Annual administration report of the Civil Veterinary Department of India - 1897-1898
Year: 1897
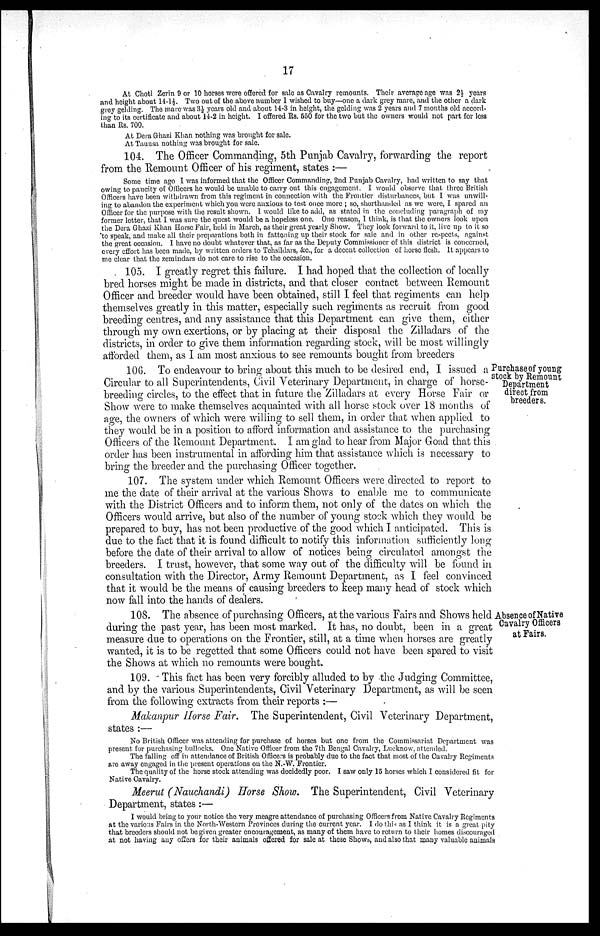
17
At Choti Zerin 9 or 10 horses were offered for sale as Cavalry remounts. Their average age was 2½ years
and height about 14-1½. Two out of the above number 1 wished to buy—one a dark grey mare, and the other a dark
grey gelding. The mare-was 3½ years old and about 14-3 in height, the gelding was 2 years and 7 months old accord-
ing to its certificate and about 14-2 in height. I offered Rs. 550 for the two but the owners would not part for less
than Rs. 700.
At Dera Ghazi Khan nothing was brought for sale.
At Taunsa nothing was brought for sale.
104. The Officer Commanding, 5th Punjab Cavalry, forwarding the report
from the Remount Officer of his regiment, states :—
Some time ago I was informed that the Officer Commanding, 2nd Punjab Cavalry, had written to say that
owing to paucity of Officers he would be unable to carry out this engagement. I would observe that three British
Officers have been withdrawn from this regiment in connection with the Frontier disturbances, but I was unwill-
ing to abandon the experiment which you were anxious to test once more ; so, shorthanded as we were, I spared an
Officer for the purpose with the result shown. I would like to add, as stated in the concluding paragraph of my
former letter, that I was sure the quest would be a hopeless one. One reason, I think, is that the owners look upon
the Dera Ghazi Khan Horse Fair, held in March, as their great yearly Show. They look forward to it, live up to it so
to speak, and make all their preparations both in fattening up their stock for sale and in other respects, against
the great occasion. I have no doubt whatever that, as far as the Deputy Commissioner of this district is concerned,
every effort has been made, by written orders to Tehsildars. &c., for a decent collection of horse flesh. It appears to
me clear that the zemindars do not care to rise to the occasion.
105. I greatly regret this failure. I had hoped that the collection of locally
bred horses might be made in districts, and that closer contact between Remount
Officer and breeder would have been obtained, still I feel that regiments can help
themselves greatly in this matter, especially such regiments as recruit from good
breeding centres, and any assistance that this Department can give them, either
through my own exertions, or by placing at their disposal the Zilladars of the
districts, in order to give them information regarding stock, will be most willingly
afforded them, as I am most anxious to see remounts bought from breeders
Purchase of young
stock by Remount
Department
direct from
breeders.
106. To endeavour to bring about this much to be desired end, I issued a
Circular to all Superintendents, Civil Veterinary Department, in charge of horse-
breeding circles, to the effect that in future the Zilladars at every Horse Fair or
Show were to make themselves acquainted with all horse stock over 18 months of
age, the owners of which were willing to sell them, in order that when applied to
they would be in a position to afford information and assistance to the purchasing
Officers of the Remount Department. I am glad to hear from Major Goad that this
order has been instrumental in affording him that assistance which is necessary to
bring the breeder and the purchasing Officer together.
107. The system under which Remount Officers were directed to report to
me the date of their arrival at the various Shows to enable me to communicate
with the District Officers and to inform them, not only of the dates on which the
Officers would arrive, but also of the number of young stock which they would be
prepared to buy, has not been productive of the good which I anticipated. This is
due to the fact that it is found difficult to notify this information sufficiently long
before the date of their arrival to allow of notices being circulated amongst the
breeders. I trust, however, that some way out of the difficulty will be found in
consultation with the Director, Army Remount Department, as I feel convinced
that it would be the means of causing breeders to keep many head of stock which
now fall into the hands of dealers.
Absence of Native
Cavalry Officers
at Fairs.
108. The absence of purchasing Officers, at the various Fairs and Shows held
during the past year, has been most marked. It has, no doubt, been in a great
measure due to operations on the Frontier, still, at a time when horses are greatly
wanted, it is to be regetted that some Officers could not have been spared to visit
the Shows at which no remounts were bought.
109. This fact has been very forcibly alluded to by the Judging Committee,
and by the various Superintendents, Civil Veterinary Department, as will be seen
from the following extracts from their reports :—
Makanpur Horse Fair. The Superintendent, Civil Veterinary Department,
states :—
No British Officer was attending for purchase of horses but one from the Commissariat Department was
present for purchasing bullocks. One Native Officer from the 7th Bengal Cavalry, Lucknow, attended.
The falling off in attendance of British Officers is probably due to the fact that most of the Cavalry Regiments
are away engaged in the present operations on the N.-W. Frontier.
The quality of the horse stock attending was decidedly poor. I saw only 15 horses which I considered fit for
Native Cavalry.
Meerut (Nauchandi) Horse Show. The Superintendent, Civil Veterinary
Department, states:—
I would bring to your notice the very meagre attendance of purchasing Officers from Native Cavalry Regiments
at the various Fairs in the North-Western Provinces during the current year. I do this as I think it is a great pity
that breeders should not be given greater encouragement, as many of them have to return to their homes discouraged
at not having any offers for their animals offered for sale at these Shows, and also that many valuable animals